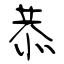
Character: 恭